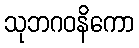
သုဘဂဝနိကော